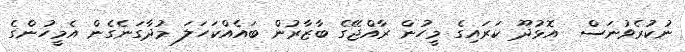
ނުކުރެވުނަސް  އޮޅުދޫ ކަރައިގެ މީހުން ރާއްޖޭގެ ބާޒާރުން ބައެއްކަހަލަ މުދާގަނެގެން އެމީހުންގެ